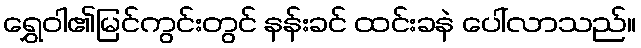
ရွှေဝါ၏မြင်ကွင်းတွင် နန်းခင် ထင်းခနဲ ပေါ်လာသည်။